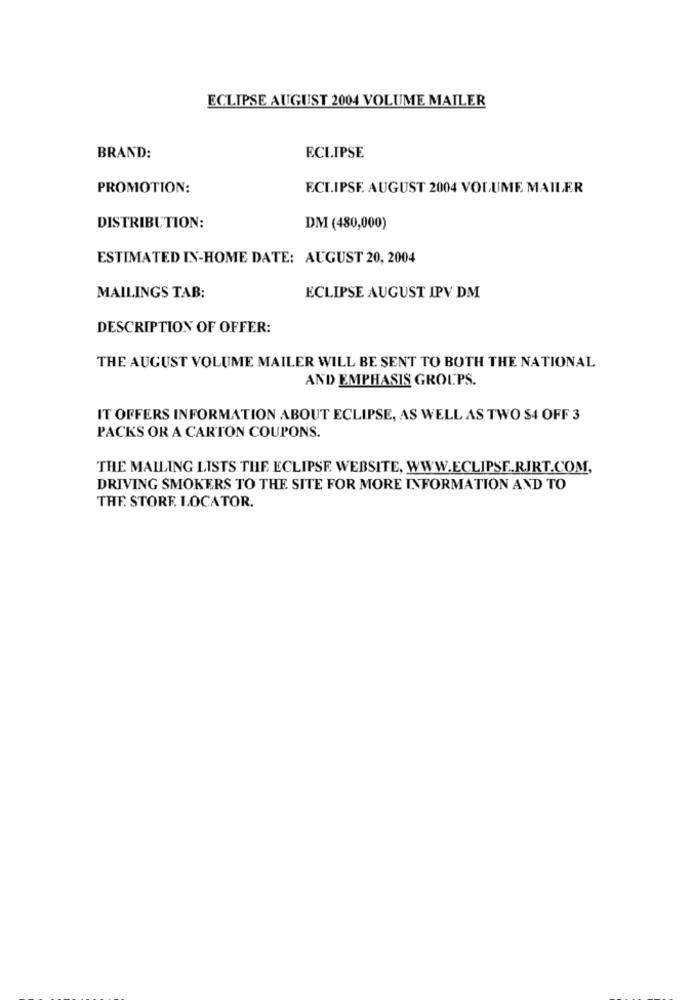
ECLIPSE AUGUST 2004 VOLUME MAILER
BRAND:
ECLIPSE
PROMOTION:
ECLIPSE. AUGUST 2004 VOLUME MAILER
DISTRIBUTION:
DM (480,000)
ESTIMATED IN-HOME DATE: AUGUST 20, 2004
MAILINGS TAB:
ECLIPSE AUGUST IPV DM
DESCRIPTION OF OFFER:
THE AUGUST VOLUME MAILER WILL BE SENT TO BOTH THE NATIONAL
AND EMPHASIS GROLPS.
IT OFFERS INFORMATION ABOUT ECLIPSE, AS WELL AS TWO $4 OFF 3
PACKS OR A CARTON COUPONS.
THE MAILING LISTS THE ECLIPSE WEBSITE, WWW.ECLIPSE.R.JRT.COM,
DRIVING SMOKERS TO THE SITE FOR MORE INFORMATION AND TO
THE STORE LOCATOR.